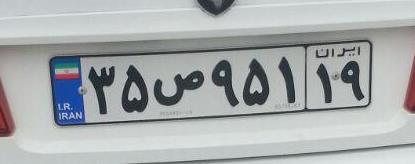
۳۵ص۹۵۱۱۹